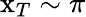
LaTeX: \mathrm{x}_{T}\sim\pi